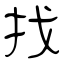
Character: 找